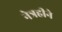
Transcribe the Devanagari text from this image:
नेत्रहीने